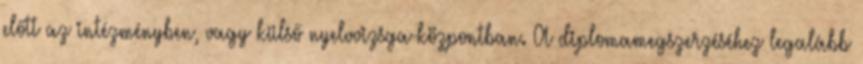
előtt az intézményben, vagy külső nyelvvizsga-központban. A diplomamegszerzéséhez legalább